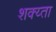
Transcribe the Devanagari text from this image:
शक्य्ता